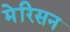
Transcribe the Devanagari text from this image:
मेरिसन